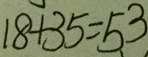
1 8 + 3 5 = 5 3